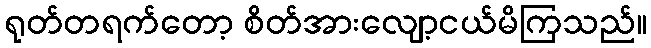
ရုတ်တရက်တော့ စိတ်အားလျော့ငယ်မိကြသည်။